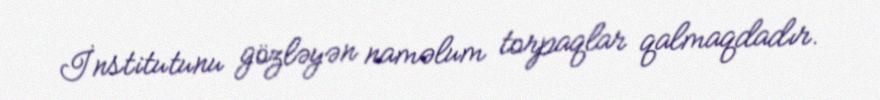
İnstitutunu gözləyən naməlum torpaqlar qalmaqdadır.